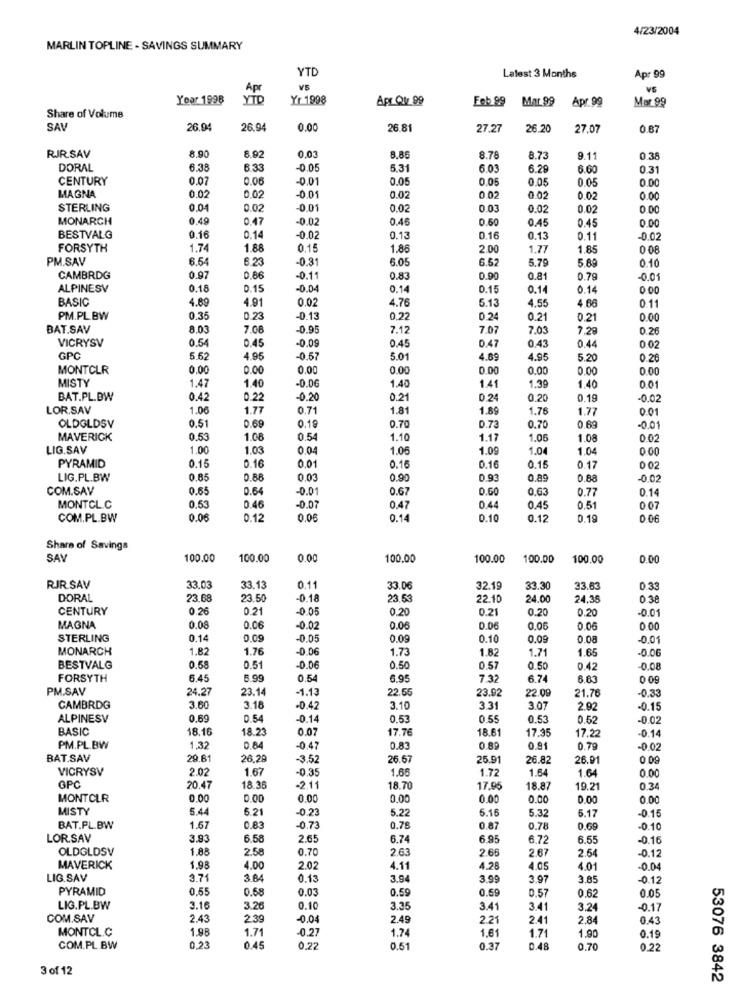
4/23/2004
MARLIN TOPLINE - SAVINGS SUMMARY
YTD
Latest 3 Months
Apr 99
Apr
VS
VS
Yoor 1998
YTD
Yr 1998
Apr Qv. 99
Feb 99
Mar 99
Mar 99
Apr.99
Share of Volume
SA
26.94
26.94
0.00
26.81
27.27
26.20
27.07
0.87
RJR.SAV
8.90
8.92
0.03
8.86
8.78
8.73
9.11
0.38
DORAL
6.38
6.33
-0.05
5.31
603
6.29
6.60
0.31
CENTURY
0.07
0.06
-0.01
0.05
0.05
0.05
0.05
0.00
MAGNA
0.02
0,02
-0.01
0.02
0.02
0.02
0.02
0.00
STERLING
0.04
0.02
-0.01
0.02
0.03
0.02
0.02
0.00
MONARCH
0.49
0.47
-0.02
0.46
0.60
0.45
0.00
0.45
BESTVALG
0.16
0.14
-0.02
0.13
0.16
0.13
0.11
-0.02
FORSYTH
1.74
1.88
0.15
1.86
2.00
1.77
1.85
PM.SAV
6.64
6.23
-0.31
6.05
6 62
5.79
5.89
0.10
CAMBRDG
0.97
-0.11
0.83
0.90
0.81
0.79
-0.01
ALPINESV
0.18
0.15
-0.04
0.14
0.15
0.14
0.14
0.00
BASIC
4.69
4.91
0.02
5.13
4.55
4.66
0.11
4.76
PM.PL.BW
0.35
0.23
-0.13
0.22
0.24
0.21
0.21
0.00
BAT.SAV
8.03
7.08
0.95
7.12
7.07
7.03
7.28
0.26
VICRYSV
0.54
0.45
0.47
0.45
0.43
0.44
0 02
GPC
5.62
4.95
-0.57
5.01
4.89
4.95
5.20
0.26
MONTCLR
0.00
0.00
0.00
0.00
0.00
0.00
0.00
0.00
MISTY
1.40
-0.06
1.47
1.40
1.41
1.39
1.40
0.01
BAT.PL.DW
0.42
0.22
-0.20
0.21
0.24
0.20
0.19
-0.02
LOR.SAV
1.06
1.77
0.71
1.81
1.89
1.76
1.77
0.01
0.51
OLDGLDSV
0.69
0.19
0.70
0.73
0.70
-001
MAVERICK
0.53
1.08
0.54
1.10
1.17
1.06
1.08
0.02
LIG.SAV
1.00
1.03
0.04
1.06
1.09
1.04
1.04
0.00
PYRAMID
0.15
0.16
0,01
0.16
0.16
0.15
0.17
0 02
LIG.PL.BW
0.85
0.88
0.03
0.90
0.93
0.89
0.88
-0.02
COM.SAV
0.65
0.64
-0.01
0.67
0.60
0.63
0.77
0.14
MONTCL.C
0.53
0.46
-0.07
0.47
0.44
0.45
0.51
0 07
COM.PL.BW
0.06
0.12
0.06
0.14
0.10
0.12
0.19
Share of Savings
SAV
100.00
100.00
0.00
100.00
100.00
100.00
100.00
0.00
RIR.SAV
33.03
33.1
0.11
33.0€
32.19
33.30
33.63
0.33
DORAL
23.68
23.50
-0.18
23.53
22.10
24.00
24.38
0.38
CENTURY
0.26
0.21
-0.05
0.20
0.21
0.20
0.20
0.01
MAGNA
0.08
0.06
0.02
0.06
0.06
0.06
0.00
STERLING
0.14
0.09
-0.05
0.09
0.10
0.09
0.08
0.01
MONARCH
1.82
1.76
-0.06
1.73
1.82
1.71
1.65
-0.06
BESTVALG
0.58
0.51
-0.06
0.50
0.57
0.50
0.42
0.08
FORSYTH
6.45
5.99
0.54
6.95
7.32
6.74
6.63
PM.SAV
24.27
23.1
-1.13
22.55
23.92
22.0
21.76
-0.33
CAMBRDG
3.60
3.18
-0.42
3.10
331
3.07
2.92
-0.15
ALPINESV
0.69
0.54
-0.14
0.53
0.55
0.53
0.52
-0.02
BASIC
18.1
18.2
0.07
17.76
18.61
17.35
17.22
-0.14
PM.PL.BW
1,32
0.84
-0.47
0.83
0.89
0.91
0.79
-0.02
BAT.SAV
29.81
26,2
-3.52
26.67
25.91
26.8
26.91
0.09
VICRYSV
2.02
1.67
-0.35
1.65
1.72
1.64
1.64
0.00
OPC
20.47
18.36
-2.11
18.70
17,95
18.87
19.21
0.34
MONTOLR
0.00
0.00
0.00
0.00
0.00
0.00
0.00
0.00
MISTY
5.44
5.21
0.22
5.22
5.16
5.32
5.17
0.15
BAT.PL.BW
1.67
0.83
.0.73
0.78
0.87
0.78
0.69
-0.10
LOR.SAV
3.93
6.58
2.65
6.74
6.95
6.72
6.55
-0.16
OLDGLDSV
1.88
2.58
0.70
2.63
2 66
2.67
2.64
-0.12
MAVERICK
1.98
4.00
2.02
4.11
4.28
4.05
4.01
-0.04
LIG.SAV
3.71
3.84
0.13
3.94
3.90
3.97
3.85
0.12
PYRAMID
0.55
0.68
0.03
0.59
0.59
0.57
0.62
0.05
LIG.PL.BW
3.16
3.26
0.10
3.35
3.41
3.41
3.2
-0.17
COM.SAV
2.43
2.39
-0.04
2.49
2.21
2.41
2.84
0.43
MONTCL.C
1.98
1.71
-0.27
1.74
1.61
1.71
1.90
0.19
COM.PL BW
0.23
0.45
0.22
0.51
0.37
0.48
0.70
0.22
3 of 12
53076 3842